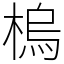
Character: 㮧